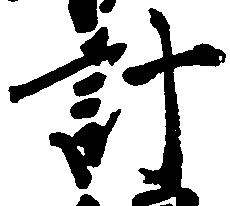
計